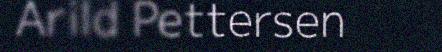
Arild Pettersen